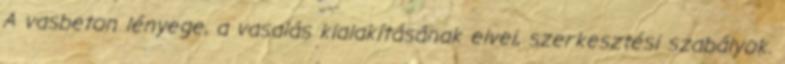
A vasbeton lényege, a vasalás kialakításának elvei, szerkesztési szabályok.